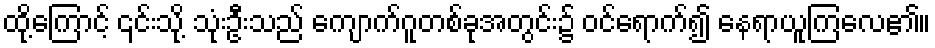
ထို့ကြောင့် ၎င်းသို့ သုံးဦးသည် ကျောက်ဂူတစ်ခုအတွင်း၌ ဝင်ရောက်၍ နေရာယူကြလေ၏။